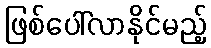
ဖြစ်ပေါ်လာနိုင်မည့်